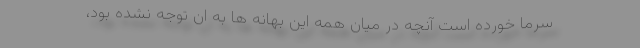
سرما خورده است آنچه در میان همه این بهانه ها به ان توجه نشده بود،